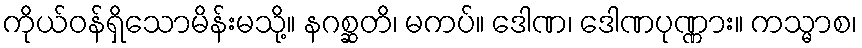
ကိုယ်ဝန်ရှိသောမိန်းမသို့။ နဂစ္ဆတိ၊ မကပ်။ ဒေါဏ၊ ဒေါဏပုဏ္ဏား။ ကသ္မာစ၊